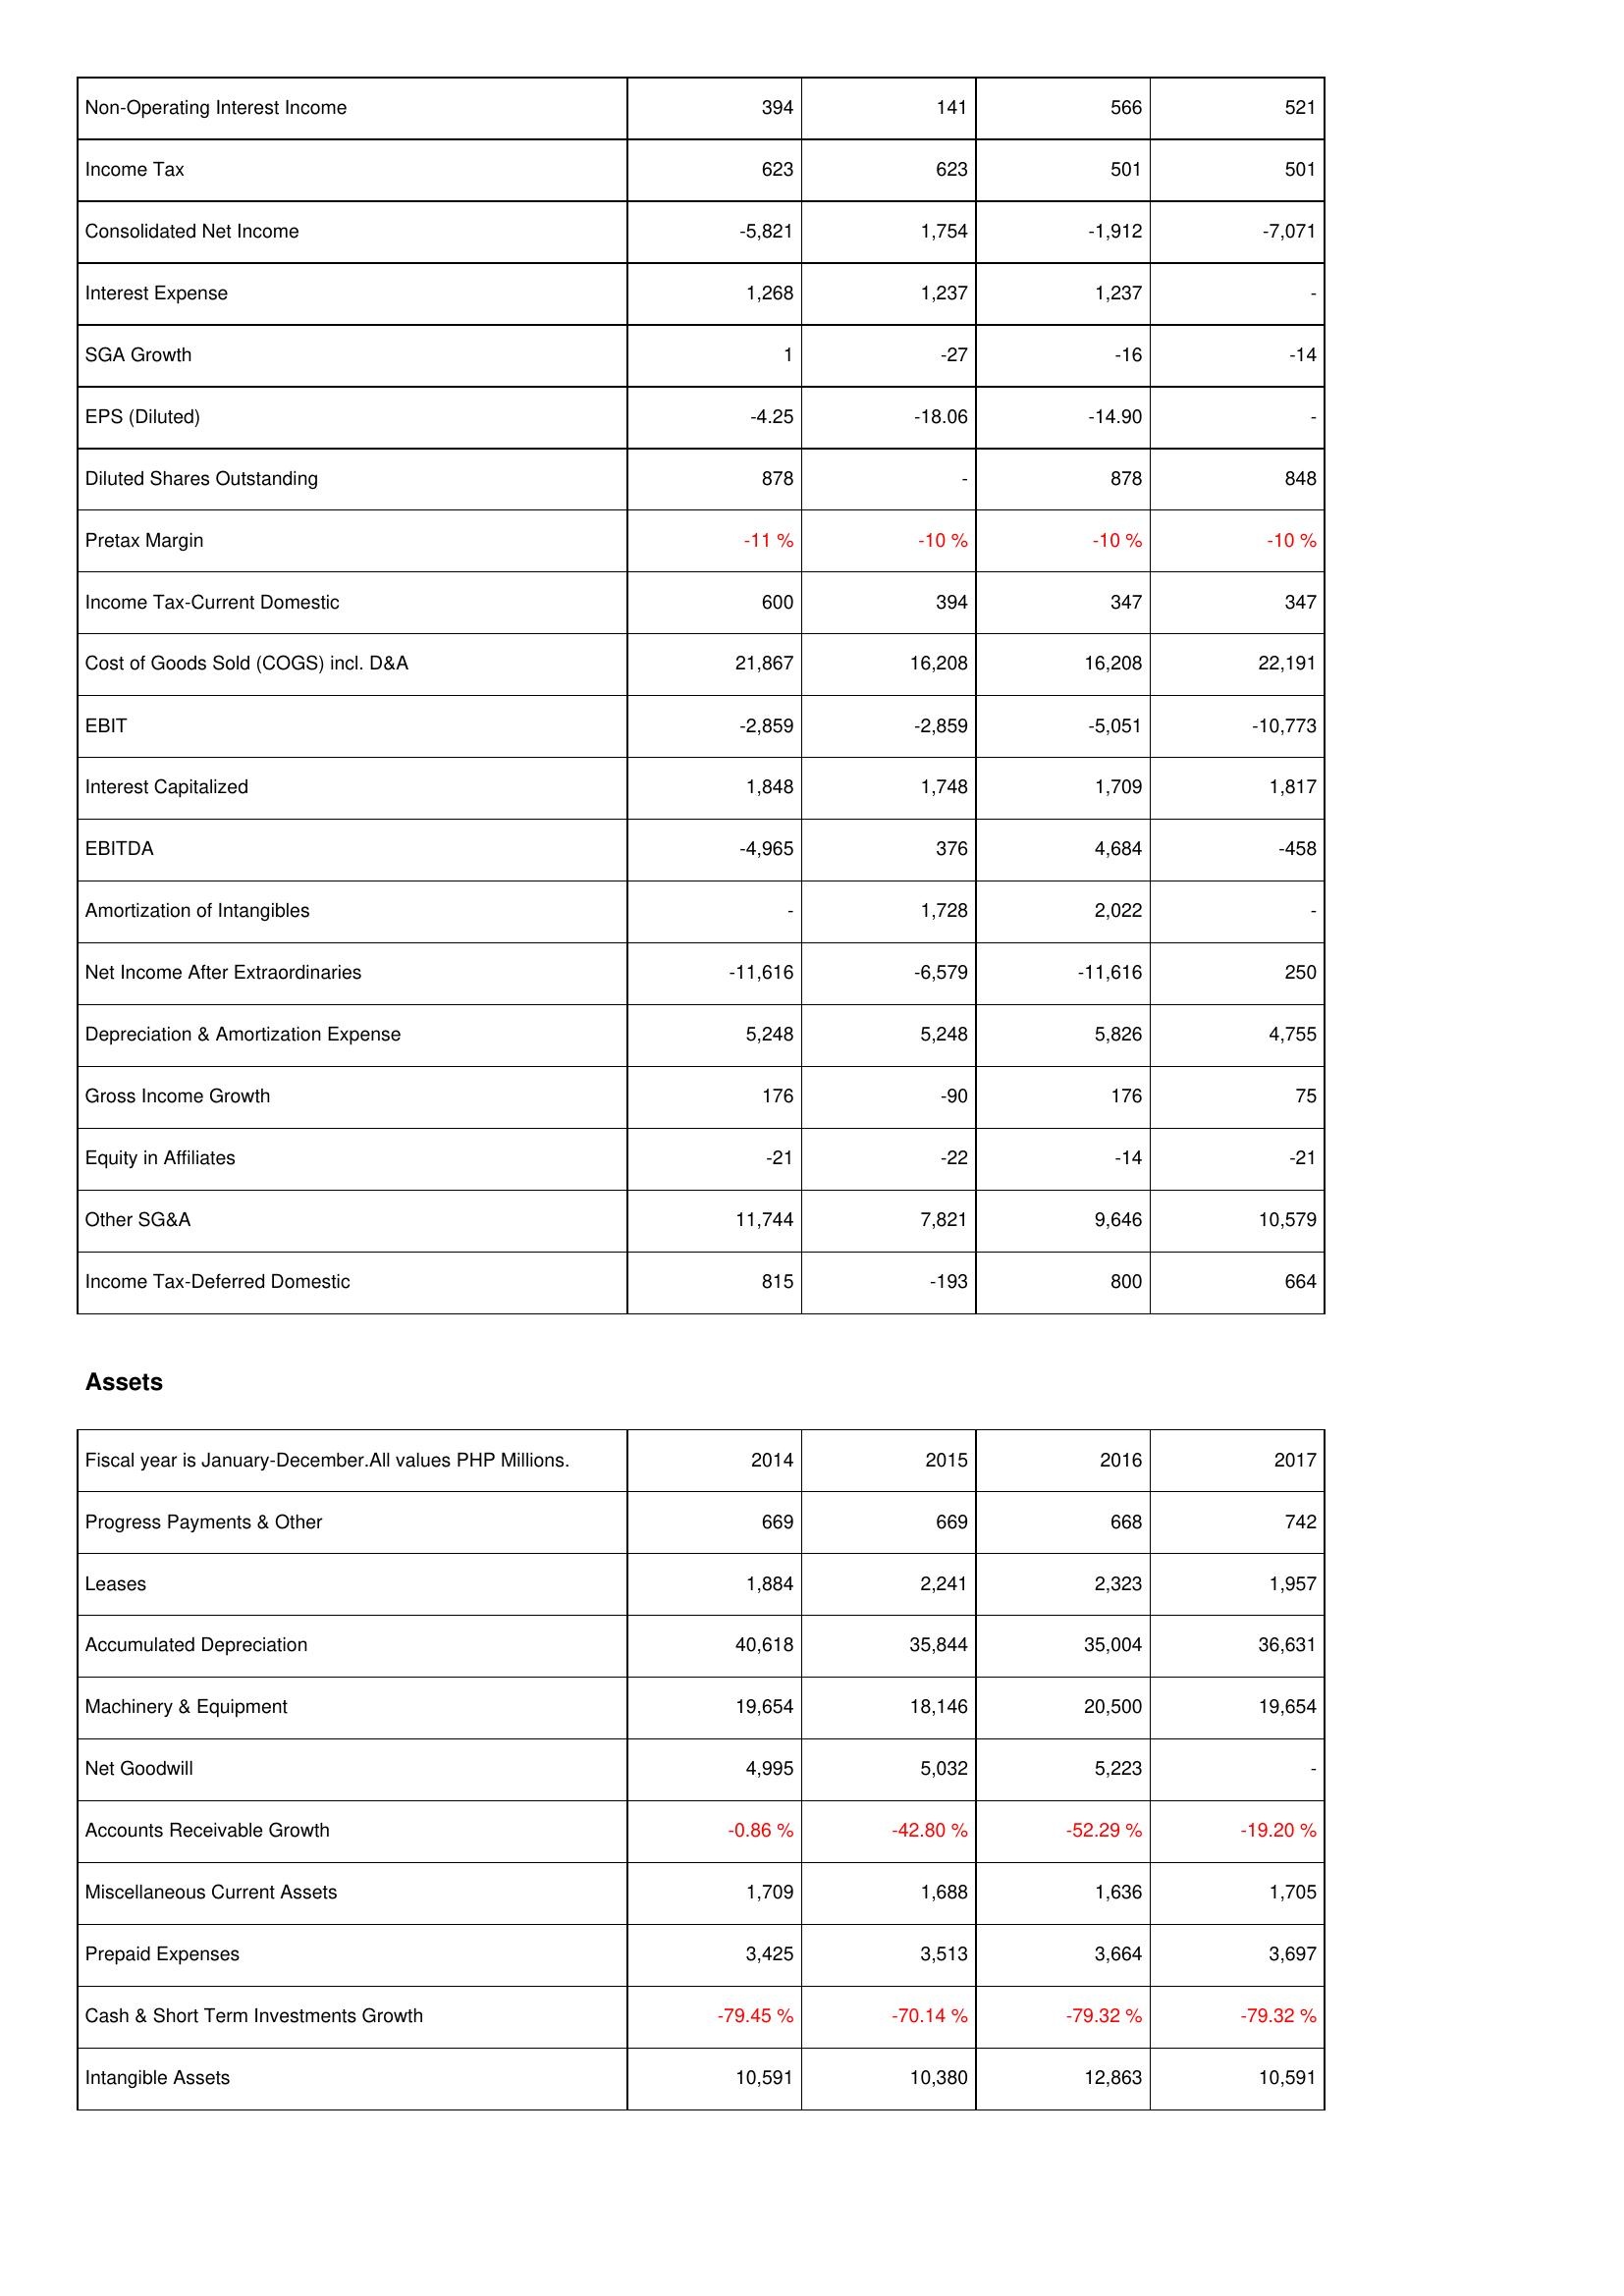
2014: Income Statement: Non-Operating Interest Income: 394
Income Tax: 623
Consolidated Net Income: -5,821
Interest Expense: 1,268
SGA Growth: 1
EPS (Diluted): -4.25
Diluted Shares Outstanding: 878
Pretax Margin: -11 %
Income Tax-Current Domestic: 600
Cost of Goods Sold (COGS) incl. D&A: 21,867
EBIT: -2,859
Interest Capitalized: 1,848
EBITDA: -4,965
Amortization of Intangibles: -
Net Income After Extraordinaries: -11,616
Depreciation & Amortization Expense: 5,248
Gross Income Growth: 176
Equity in Affiliates: -21
Other SG&A: 11,744
Income Tax-Deferred Domestic: 815
Assets: Progress Payments & Other: 669
Leases: 1,884
Accumulated Depreciation: 40,618
Machinery & Equipment: 19,654
Net Goodwill: 4,995
Accounts Receivable Growth: -0.86 %
Miscellaneous Current Assets: 1,709
Prepaid Expenses: 3,425
Cash & Short Term Investments Growth: -79.45 %
Intangible Assets: 10,591
2015: Income Statement: Non-Operating Interest Income: 141
Income Tax: 623
Consolidated Net Income: 1,754
Interest Expense: 1,237
SGA Growth: -27
EPS (Diluted): -18.06
Diluted Shares Outstanding: -
Pretax Margin: -10 %
Income Tax-Current Domestic: 394
Cost of Goods Sold (COGS) incl. D&A: 16,208
EBIT: -2,859
Interest Capitalized: 1,748
EBITDA: 376
Amortization of Intangibles: 1,728
Net Income After Extraordinaries: -6,579
Depreciation & Amortization Expense: 5,248
Gross Income Growth: -90
Equity in Affiliates: -22
Other SG&A: 7,821
Income Tax-Deferred Domestic: -193
Assets: Progress Payments & Other: 669
Leases: 2,241
Accumulated Depreciation: 35,844
Machinery & Equipment: 18,146
Net Goodwill: 5,032
Accounts Receivable Growth: -42.80 %
Miscellaneous Current Assets: 1,688
Prepaid Expenses: 3,513
Cash & Short Term Investments Growth: -70.14 %
Intangible Assets: 10,380
2016: Income Statement: Non-Operating Interest Income: 566
Income Tax: 501
Consolidated Net Income: -1,912
Interest Expense: 1,237
SGA Growth: -16
EPS (Diluted): -14.90
Diluted Shares Outstanding: 878
Pretax Margin: -10 %
Income Tax-Current Domestic: 347
Cost of Goods Sold (COGS) incl. D&A: 16,208
EBIT: -5,051
Interest Capitalized: 1,709
EBITDA: 4,684
Amortization of Intangibles: 2,022
Net Income After Extraordinaries: -11,616
Depreciation & Amortization Expense: 5,826
Gross Income Growth: 176
Equity in Affiliates: -14
Other SG&A: 9,646
Income Tax-Deferred Domestic: 800
Assets: Progress Payments & Other: 668
Leases: 2,323
Accumulated Depreciation: 35,004
Machinery & Equipment: 20,500
Net Goodwill: 5,223
Accounts Receivable Growth: -52.29 %
Miscellaneous Current Assets: 1,636
Prepaid Expenses: 3,664
Cash & Short Term Investments Growth: -79.32 %
Intangible Assets: 12,863
2017: Income Statement: Non-Operating Interest Income: 521
Income Tax: 501
Consolidated Net Income: -7,071
Interest Expense: -
SGA Growth: -14
EPS (Diluted): -
Diluted Shares Outstanding: 848
Pretax Margin: -10 %
Income Tax-Current Domestic: 347
Cost of Goods Sold (COGS) incl. D&A: 22,191
EBIT: -10,773
Interest Capitalized: 1,817
EBITDA: -458
Amortization of Intangibles: -
Net Income After Extraordinaries: 250
Depreciation & Amortization Expense: 4,755
Gross Income Growth: 75
Equity in Affiliates: -21
Other SG&A: 10,579
Income Tax-Deferred Domestic: 664
Assets: Progress Payments & Other: 742
Leases: 1,957
Accumulated Depreciation: 36,631
Machinery & Equipment: 19,654
Net Goodwill: -
Accounts Receivable Growth: -19.20 %
Miscellaneous Current Assets: 1,705
Prepaid Expenses: 3,697
Cash & Short Term Investments Growth: -79.32 %
Intangible Assets: 10,591